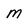
Character: m